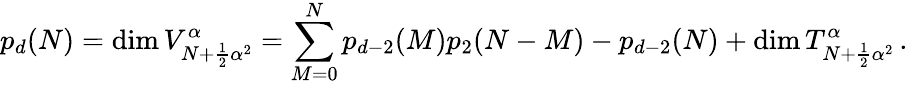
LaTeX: p_{d}(N)=\mathrm{dim}\, V_{N+\frac{1}{2}{\alpha}^{2}}^{\alpha}=\sum_{M=0}^{N}p_{d-2}(M)p_{2}(N-M)-p_{d-2}(N)+\mathrm{dim}\, T_{N+\frac{1}{2}{\alpha}^{2}}^{\alpha}\, .